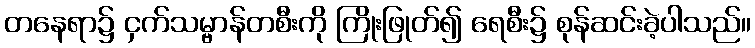
တနေရာ၌ ငှက်သမ္ဗာန်တစီးကို ကြိုးဖြုတ်၍ ရေစီး၌ စုန်ဆင်းခဲ့ပါသည်။